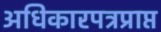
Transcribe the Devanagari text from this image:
अधिकारपत्रप्राप्त